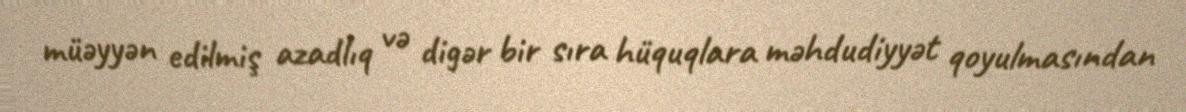
müəyyən edilmiş azadlıq və digər bir sıra hüquqlara məhdudiyyət qoyulmasından